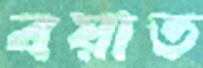
বয়াত